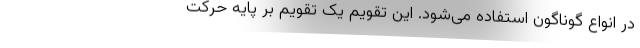
در انواع گوناگون استفاده می‌شود. این تقویم یک تقویم بر پایهٔ حرکت